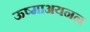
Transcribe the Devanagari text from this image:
ऊष्माअयनन